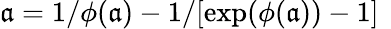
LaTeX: \mathfrak{a}=1/{\phi(\mathfrak{a})}-1/[\exp(\phi(\mathfrak{a}))-1]~\,